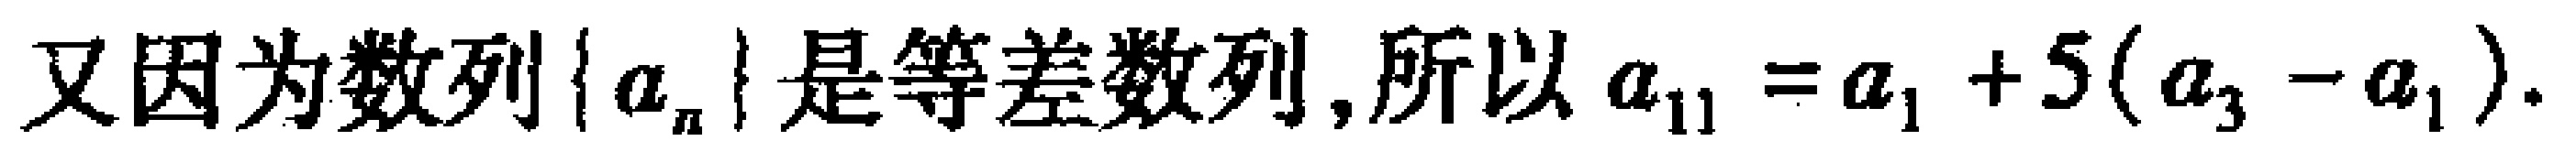
又因为数列\(\{ a_{n}\}\)是等差数列,所以\(a_{11}=a_{1}+5(a_{3}-a_{1})\).